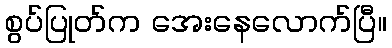
စွပ်ပြုတ်က အေးနေလောက်ပြီ။